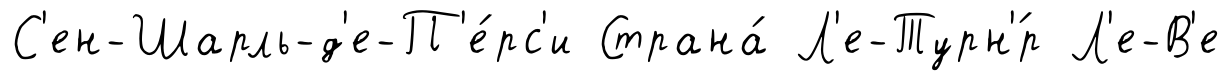
С'ен-Шарль-д'е-П'е́рс'и Страна́ Л'е-Турн'́р Л'е-В'е